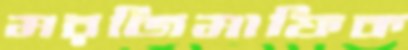
মরজিমাফিক